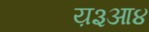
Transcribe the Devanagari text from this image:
य़३आ४